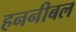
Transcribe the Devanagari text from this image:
हननीबल